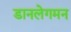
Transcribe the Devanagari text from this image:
डानलेगमन